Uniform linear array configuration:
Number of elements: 32
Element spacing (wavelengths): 0.25
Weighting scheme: hamming
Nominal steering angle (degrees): -60
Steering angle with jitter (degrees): -59.818
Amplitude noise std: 0.05
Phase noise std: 0.05

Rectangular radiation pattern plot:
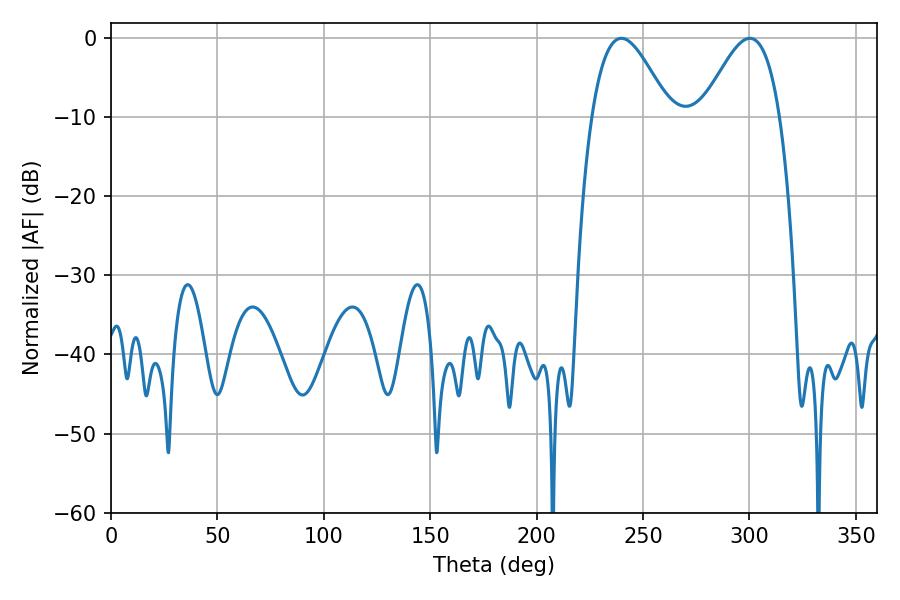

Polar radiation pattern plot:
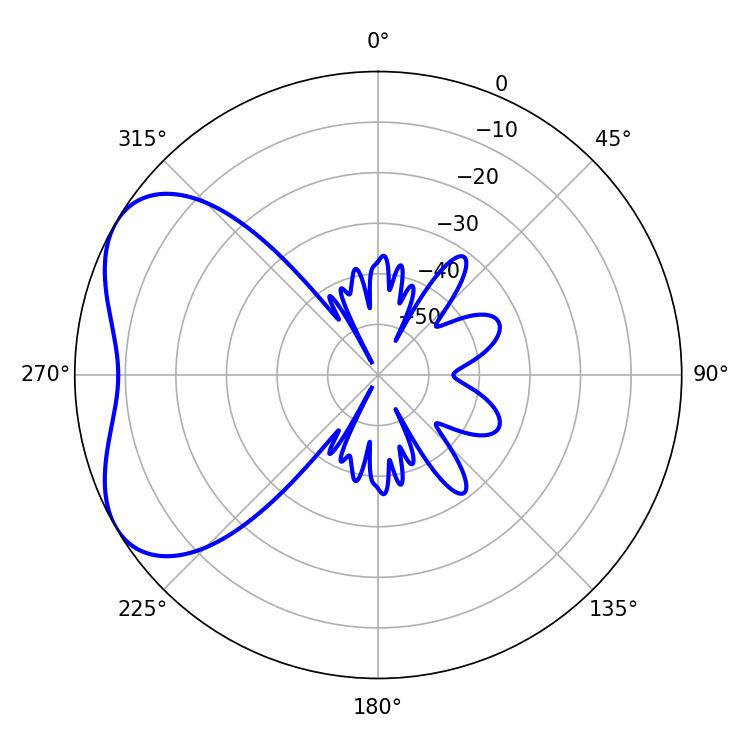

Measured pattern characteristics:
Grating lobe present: FALSE
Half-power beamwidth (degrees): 19.62
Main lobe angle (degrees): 239.76